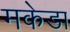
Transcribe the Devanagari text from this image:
मकेडा